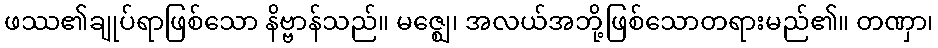
ဖဿ၏ချုပ်ရာဖြစ်သော နိဗ္ဗာန်သည်။ မဇ္ဈေ၊ အလယ်အဘို့ဖြစ်သောတရားမည်၏။ တဏှာ၊